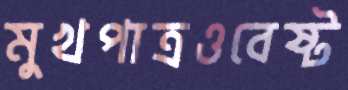
মুখপাত্রওবেষ্ট